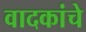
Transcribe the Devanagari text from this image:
वादकांचे